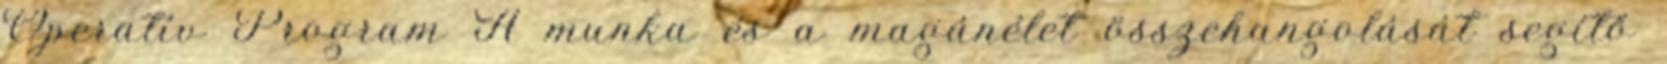
Operatív Program A munka és a magánélet összehangolását segítő